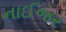
નાઈજર